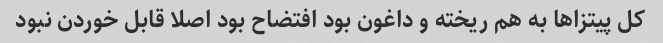
کل پیتزاها به هم ریخته و داغون بود افتضاح بود اصلا قابل خوردن نبود